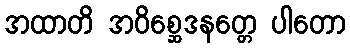
အထာတိ အဝိစ္ဆေဒနတ္တေ ပါတော